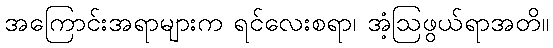
အကြောင်းအရာများက ရင်လေးစရာ၊ အံ့ဩဖွယ်ရာအတိ။